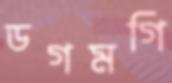
ডগমগি